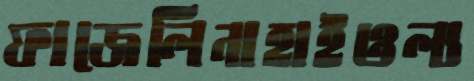
ফাজেলিনাহাইওল্য